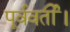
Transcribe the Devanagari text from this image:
पूर्ववर्ती।